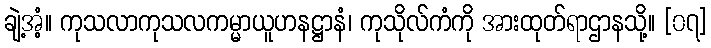
ချဲ့အံ့။ ကုသလာကုသလကမ္မာယူဟနဋ္ဌာနံ၊ ကုသိုလ်ကံကို အားထုတ်ရာဌာနသို့။ [၀၇]